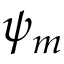
\psi _ { m }